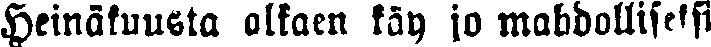
Heinäkuusta alkaen käy jo mahdolliseksi